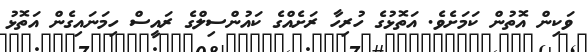
ވަކިން އޮތުން ކަމަށެވެ. އަތޮޅުގެ ހުރިހާ ރަށެއްގެ ކައުންސިލްގެ ރައީސް ހިމަނައިގެން އަތޮޅު